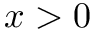
x > 0